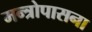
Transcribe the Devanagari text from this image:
मन्त्रोपासना